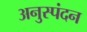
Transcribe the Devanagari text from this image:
अनुस्पंदन